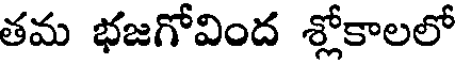
తమ భజగోవింద శ్లోకాలలో